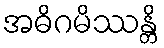
အဓိဂမိဿန္တိ